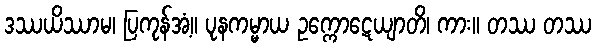
ဒဿယိဿာမ၊ ပြကုန်အံ့။ ပုနကမ္မာယ ဥက္ကောဋေယျာတိ၊ ကား။ တဿ တဿ